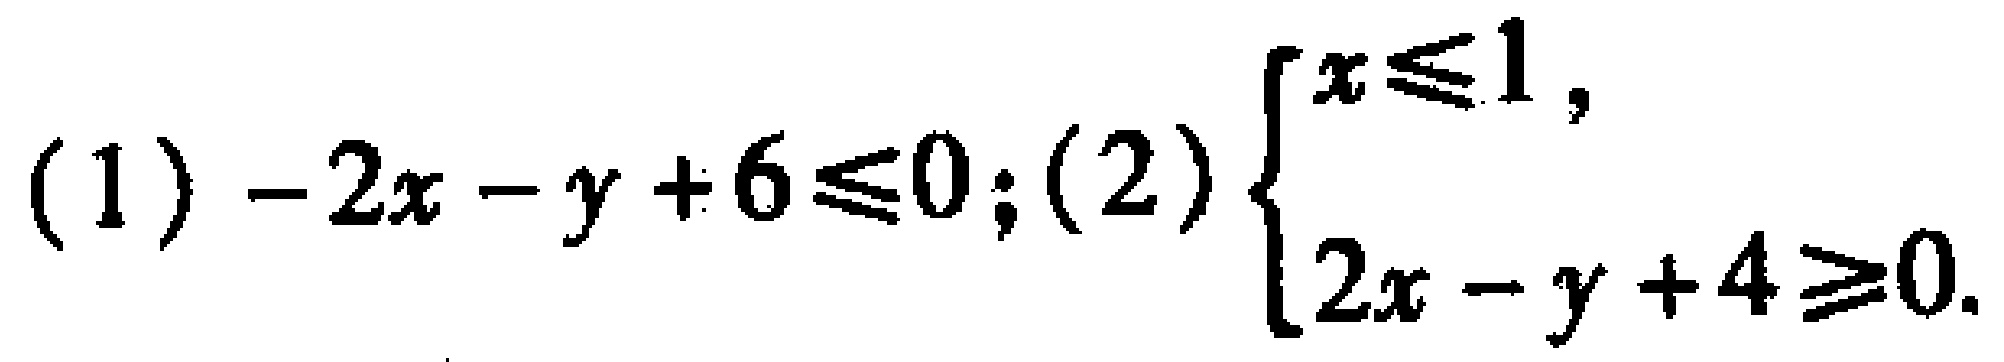
(1) \(-2x - y + 6\leqslant0\); (2) \(\begin{cases}x\leqslant1,\\2x - y + 4\geqslant0.\end{cases}\)